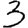
Digit: 3